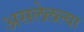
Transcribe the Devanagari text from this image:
असलेलल्या